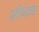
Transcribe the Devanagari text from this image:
स्पेंगल्ड